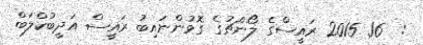
:  16